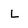
Character: l